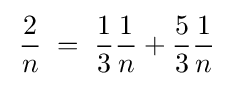
\,{\frac {2}{n}}\;=\;{\frac {1}{3}}{\frac {1}{n}}+{\frac {5}{3}}{\frac {1}{n}}